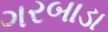
ગરબાડા